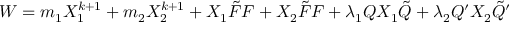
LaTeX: W = m _ { 1 } X _ { 1 } ^ { k + 1 } + m _ { 2 } X _ { 2 } ^ { k + 1 } + X _ { 1 } \tilde { F } F + X _ { 2 } \tilde { F } F + \lambda _ { 1 } Q X _ { 1 } \tilde { Q } + \lambda _ { 2 } Q ^ { \prime } X _ { 2 } \tilde { Q } ^ { \prime }